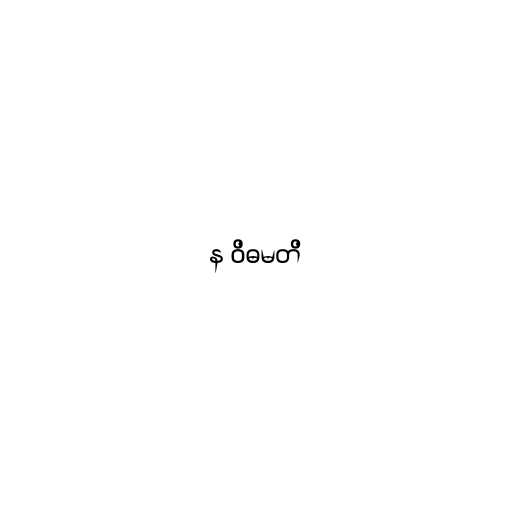
န ဝိဓမတိ